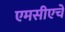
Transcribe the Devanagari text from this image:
एमसीएचे